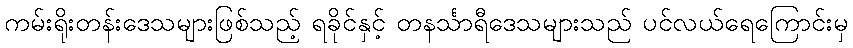
ကမ်းရိုးတန်းဒေသများဖြစ်သည့် ရခိုင်နှင့် တနင်္သာရီဒေသများသည် ပင်လယ်ရေကြောင်းမှ